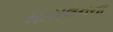
માયલનના